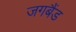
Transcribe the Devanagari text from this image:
जगबैंड